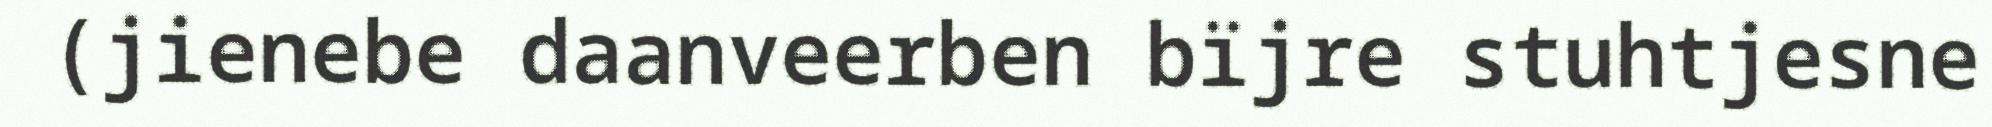
(jienebe daanveerben bïjre stuhtjesne